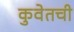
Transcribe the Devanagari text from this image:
कुवेतची